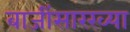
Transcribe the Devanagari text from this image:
बाजींसारख्या